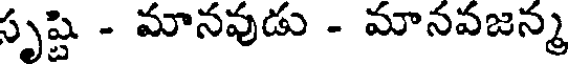
సృష్టి - మానవుడు - మానవజన్మ